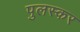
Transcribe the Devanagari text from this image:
पुलस्कर